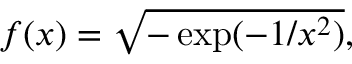
\begin{array} { r } { f ( x ) = \sqrt { - \exp ( - 1 / x ^ { 2 } ) } , } \end{array}